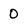
Character: 0